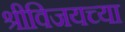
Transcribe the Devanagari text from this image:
श्रीविजयच्या